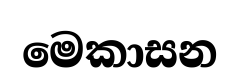
මෙකාසන